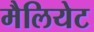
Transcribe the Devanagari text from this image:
मैलियेट